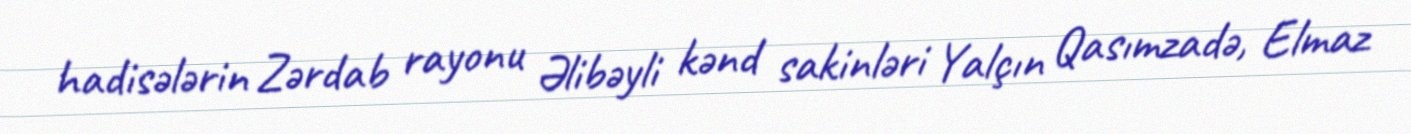
hadisələrin Zərdab rayonu Əlibəyli kənd sakinləri Yalçın Qasımzadə, Elmaz